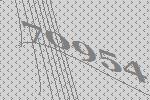
70954